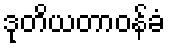
ဒုတိယတာဝန်ခံ